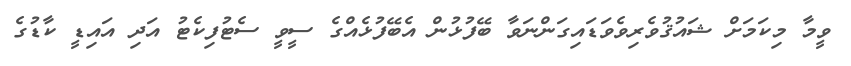
ވީމާ މިކަމަށް ޝައުޤުވެރިވެވަޑައިގަންނަވާ ބޭފުޅުން އެބޭފުޅެއްގެ ސީވީ ސެޓުފިކެޓު އަދި އައިޑީ ކާޑުގެ